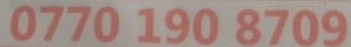
0770 190 8709